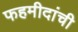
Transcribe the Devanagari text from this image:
फहमीदांची